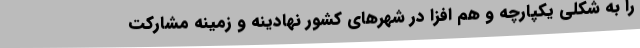
را به شکلی یکپارچه و هم افزا در شهرهای کشور نهادینه و زمینه مشارکت